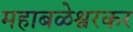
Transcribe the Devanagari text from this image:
महाबळेश्वरकर